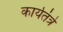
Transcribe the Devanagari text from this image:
कार्यतंत्रे